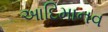
આદિમાનવ